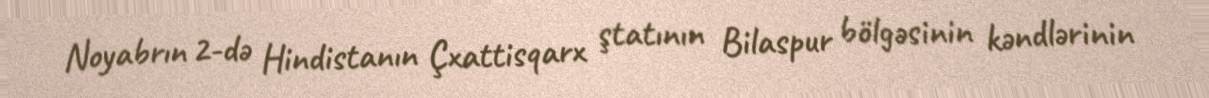
Noyabrın 2-də Hindistanın Çxattisqarx ştatının Bilaspur bölgəsinin kəndlərinin